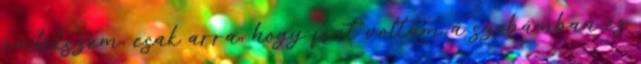
emlékszem, csak arra, hogy fent voltam a szobámban és